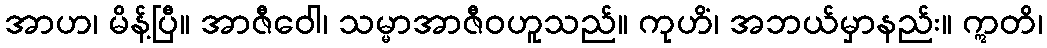
အာဟ၊ မိန့်ပြီ။ အာဇီဝေါ၊ သမ္မာအာဇီဝဟူသည်။ ကုဟိံ၊ အဘယ်မှာနည်း။ ဣတိ၊